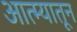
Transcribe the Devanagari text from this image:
आत्म्यातून